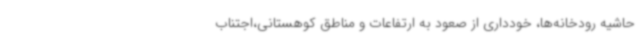
حاشیه رودخانه‌ها، خودداری از صعود به ارتفاعات و مناطق کوهستانی،اجتناب